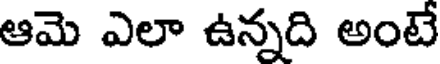
ఆమె ఎలా ఉన్నది అంటే